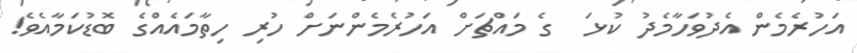
އަހުރެމެން އެދުވަހާމެދު ކުޅަ  ގެ މައްޗަށް އަހުރެމެންނަށް ހުރި ހިތާމައެއްގެ ބޮޑުކަމާއެވެ!